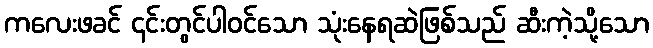
ကလေးဖခင် ၎င်းတွင်ပါဝင်သော သုံးနေရဆဲဖြစ်သည် ဆီးကဲ့သို့သော